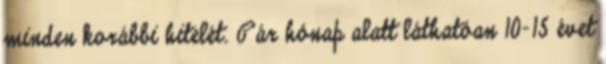
minden korábbi hitelét. Pár hónap alatt láthatóan 10-­15 évet